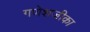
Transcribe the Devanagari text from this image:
गणेशजीका